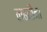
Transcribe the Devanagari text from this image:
लढतींना